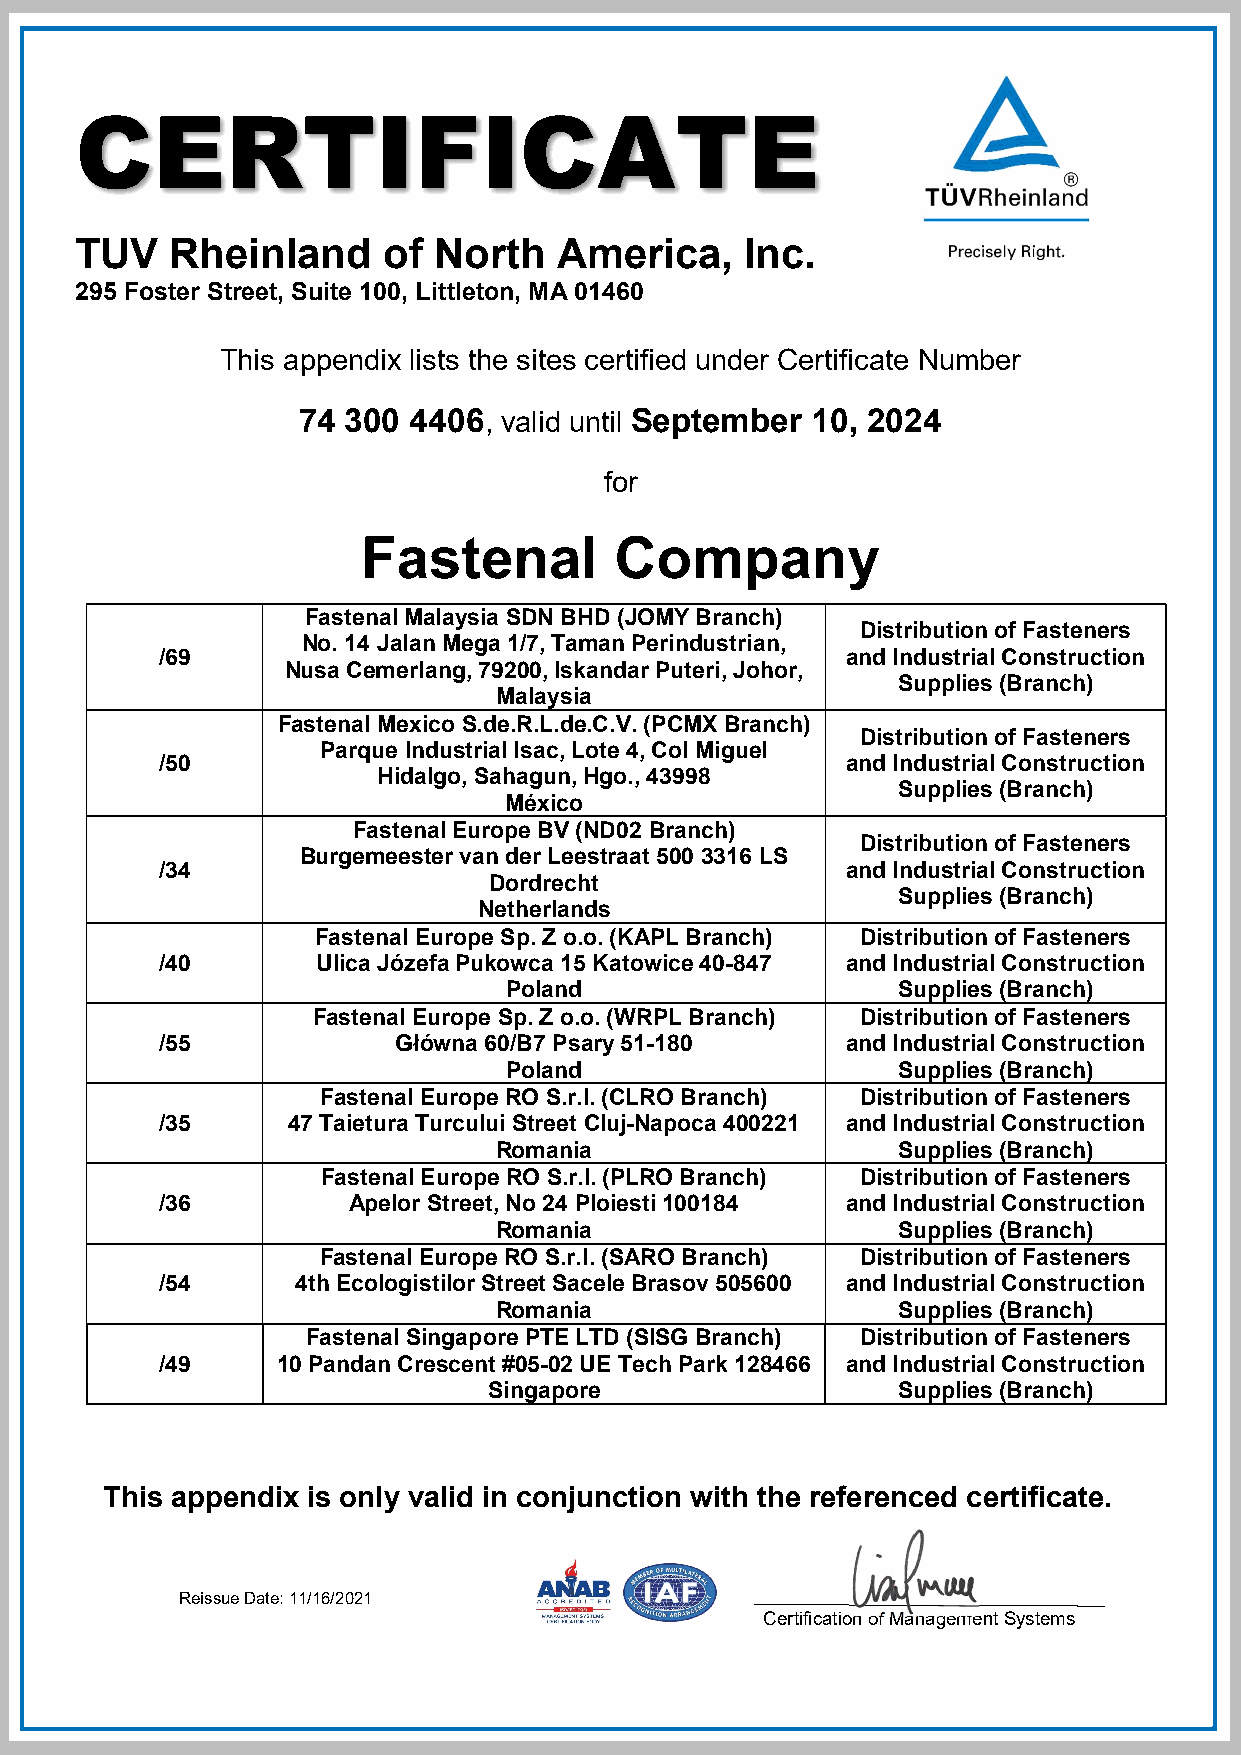
CERTIFICATE
 TUV   Rheinland     of  North   America,    Inc.
 295 Foster Street, Suite 100, Littleton, MA 01460
 This appendix lists the sites certified under Certificate Number
 74 300 4406, valid until September 10, 2024
 for
 Fastenal         Company
 Fastenal Malaysia SDN BHD (JOMY Branch)
 Distribution of Fasteners
 No. 14 Jalan Mega 1/7, Taman Perindustrian,
 /69                                          and Industrial Construction
 Nusa Cemerlang, 79200, Iskandar Puteri, Johor,
 Supplies (Branch)
 Malaysia
 Fastenal Mexico S.de.R.L.de.C.V. (PCMX Branch)
 Distribution of Fasteners
 Parque Industrial Isac, Lote 4, Col Miguel
 /50                                          and Industrial Construction
 Hidalgo, Sahagun, Hgo., 43998
 Supplies (Branch)
 México
 Fastenal Europe BV (ND02 Branch)
 Distribution of Fasteners
 Burgemeester van der Leestraat 500 3316 LS
 /34                                          and Industrial Construction
 Dordrecht
 Supplies (Branch)
 Netherlands
 Fastenal Europe Sp. Z o.o. (KAPL Branch) Distribution of Fasteners
 /40       Ulica Józefa Pukowca 15 Katowice 40-847 and Industrial Construction
 Poland                    Supplies (Branch)
 Fastenal Europe Sp. Z o.o. (WRPL Branch) Distribution of Fasteners
 /55            Główna 60/B7 Psary 51-180     and Industrial Construction
 Poland                    Supplies (Branch)
 Fastenal Europe RO S.r.l. (CLRO Branch) Distribution of Fasteners
 /35     47 Taietura Turcului Street Cluj-Napoca 400221 and Industrial Construction
 Romania                   Supplies (Branch)
 Fastenal Europe RO S.r.l. (PLRO Branch) Distribution of Fasteners
 /36         Apelor Street, No 24 Ploiesti 100184 and Industrial Construction
 Romania                   Supplies (Branch)
 Fastenal Europe RO S.r.l. (SARO Branch) Distribution of Fasteners
 /54      4th Ecologistilor Street Sacele Brasov 505600 and Industrial Construction
 Romania                   Supplies (Branch)
 Fastenal Singapore PTE LTD (SISG Branch) Distribution of Fasteners
 /49    10 Pandan Crescent #05-02 UE Tech Park 128466 and Industrial Construction
 Singapore                  Supplies (Branch)
 This appendix is only valid in conjunction with the referenced certificate.
 Reissue Date: 11/16/2021
 Certification of Management Systems